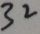
3 2